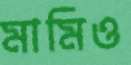
মামিও